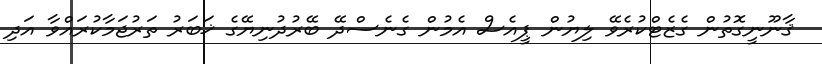
ޤާނޫނީގޮތުން ގެޒެޓްކުރެވޭ ލިޔުން ޕީއެސް އެމުން ގެނެސްދޭ ބޭރުދުނިޔޭގެ ޚަބަރު ތަރުޖަމާކުރައްވާ އަދި